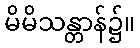
မိမိသန္တာန်၌။